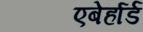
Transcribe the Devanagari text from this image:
एबेर्हार्ड